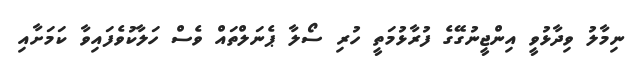
ނިމާލު ވިދާޅުވީ އިންޖީނުގޭގެ ފުރާޅުމަތީ ހުރި ސޯލާ ޕެނަލްތައް ވެސް ހަލާކުވެފައިވާ ކަމަށާއި